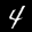
Label: 4